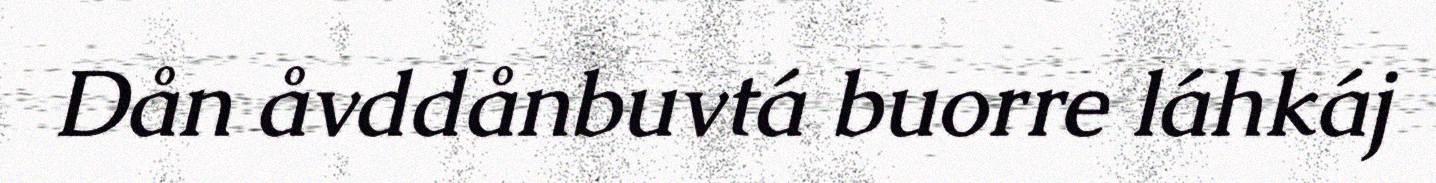
Dån åvddånbuvtá buorre láhkáj